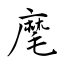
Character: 麾